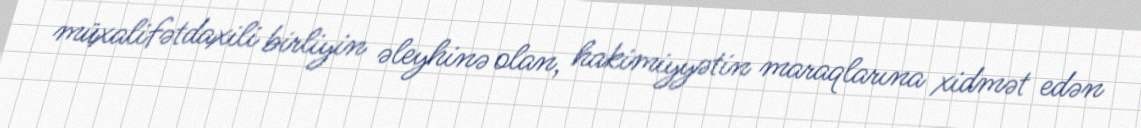
müxalifətdaxili birliyin əleyhinə olan, hakimiyyətin maraqlarına xidmət edən